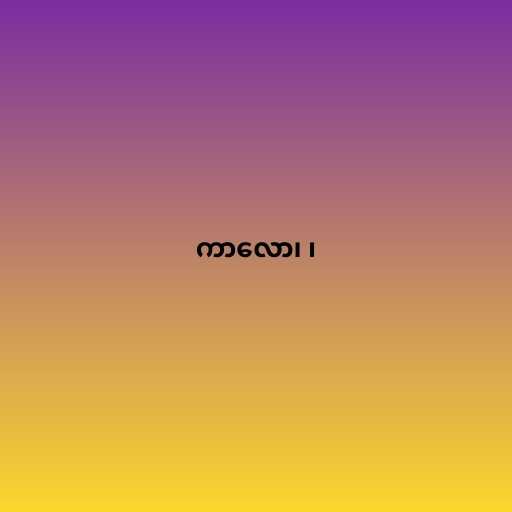
ကာလော၊ ၊